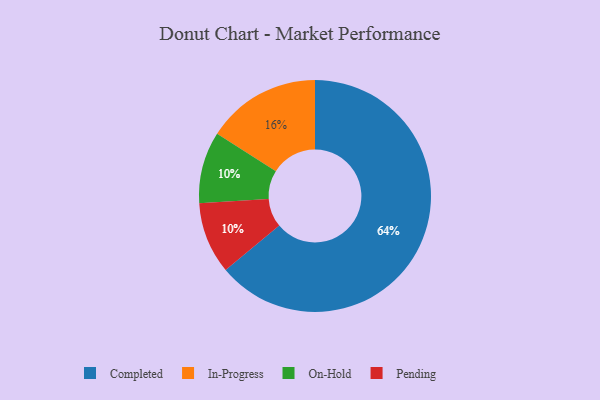
{"axis": {"x": "Category", "y": "Percentage"}, "legend": ["Completed", "In-Progress", "On-Hold", "Pending"], "data": [{"x": "On-Hold", "y": 10, "type": "On-Hold"}, {"x": "Pending", "y": 10, "type": "Pending"}, {"x": "Completed", "y": 64, "type": "Completed"}, {"x": "In-Progress", "y": 16, "type": "In-Progress"}]}